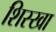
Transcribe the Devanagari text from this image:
शिस्खा